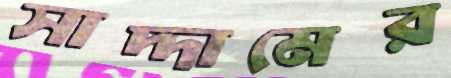
সাদ্দামের